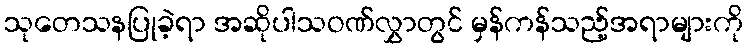
သုတေသနပြုခဲ့ရာ အဆိုပါသဝဏ်လွှာတွင် မှန်ကန်သည့်အရာများကို